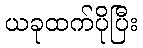
ယခုထက်ပိုပြီး